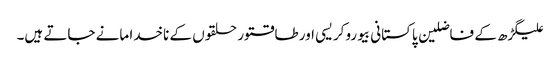
علیگڑھ کے فاضلین پاکستانی بیوروکریسی اور طاقتور حلقوں کے ناخدا مانے جاتے ہیں۔